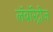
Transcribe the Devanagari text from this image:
लॅबॉरेट्रीज